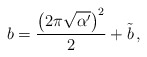
\begin{align*} b=\frac{\left(2\pi\sqrt{\alpha'}\right)^2}{2}+\tilde{b}\,,\end{align*}